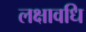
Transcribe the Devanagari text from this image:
लक्षावधि